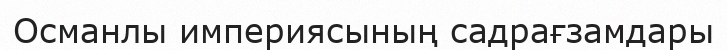
Османлы империясының садрағзамдары